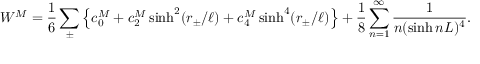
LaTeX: W ^ { M } = \frac 1 6 \sum _ { \pm } \left\{ c _ { 0 } ^ { M } + c _ { 2 } ^ { M } \sinh ^ { 2 } ( r _ { \pm } / \ell ) + c _ { 4 } ^ { M } \sinh ^ { 4 } ( r _ { \pm } / \ell ) \right\} + \frac { 1 } { 8 } \sum _ { n = 1 } ^ { \infty } \frac { 1 } { n ( \sinh n L ) ^ { 4 } } .